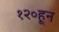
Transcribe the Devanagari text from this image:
१२०हून